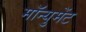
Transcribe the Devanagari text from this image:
मॉन्युमेंट